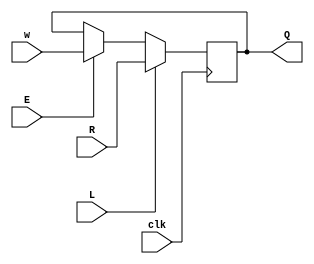
module top_module (
    input clk,
    input w, R, E, L,
    output Q
);
    wire qn;
    assign qn = Q;
    
    always @ (posedge clk)
        begin
            Q <= L? R : (E ? w : qn);
        end

endmodule